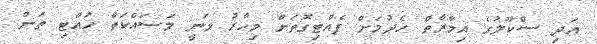
އަދި ސްކޫލުގެ އިމާރާތް ހެދުމަށް ފެއްޓިގޮތަށް މިހާރު ވަނީ މަސައްކަތް ހުއްޓި ތަން